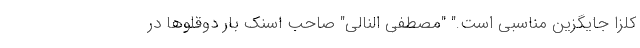
کلزا جایگزین مناسبی است." "مصطفی النالی" صاحب اسنک بار دوقلوها در